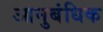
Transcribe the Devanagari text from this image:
आनुबंधिक